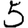
Digit: 5